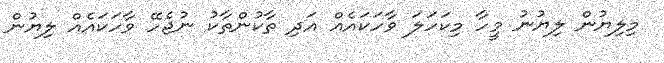
މިލިޔުން ލިޔުނު މީހާ މިކަހަލަ ވާހަކައެއް އަދި ތާކުންތާކު ނުޖެހޭ ވާހަކައެއް ލިޔުން